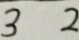
3 2